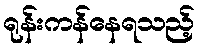
ရုန်းကန်နေရသည့်